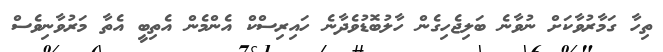
ތިހާ ގަމާރުވާކަށް ނުވާނެ ބަލިޖެހިގެން ހާލުބޮޑުވެދާނެ ހައިރިސްކް އެންމެން އެތިބީ އެތާ މަރުވާނިވެސް